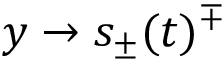
y \to s _ { \pm } ( t ) ^ { \mp }